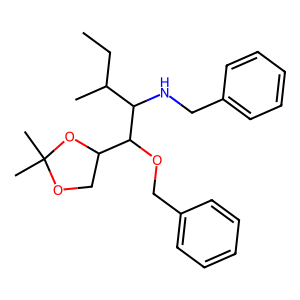
SMILES: CCC(C)C(NCc1ccccc1)C(OCc1ccccc1)C1COC(C)(C)O1
Inhibits HIV replication: No